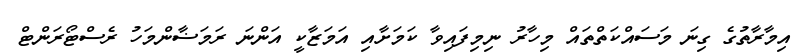
އިމާރާތުގެ ގިނަ މަސައްކަތްތައް މިހާރު ނިމިފައިވާ ކަމަށާއި އަމަޒާކީ އަންނަ ރަމަޟާންމަހު ރެސްޓޯރަންޓް